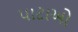
પાટાઓ